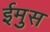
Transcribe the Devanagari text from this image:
ईमुस